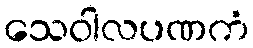
သေဝါလပဏကံ